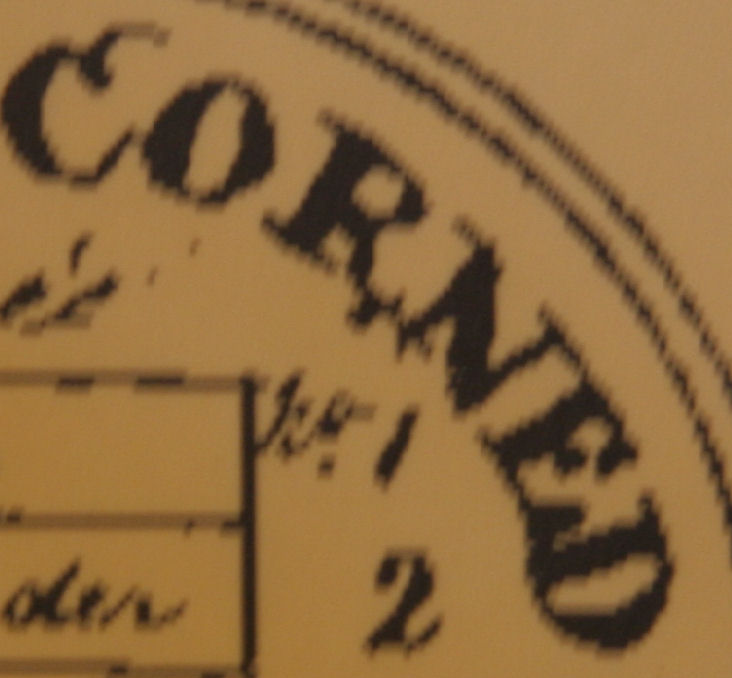
CORNED